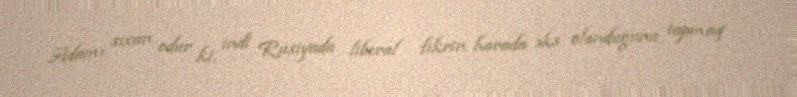
Adamı sıxan odur ki, indi Rusiyada liberal fikrin harada əks olunduğunu tapmaq